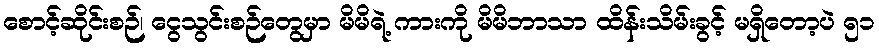
စောင့်ဆိုင်းစဉ်၊ ငွေသွင်းစဉ်တွေမှာ မိမိရဲ့ ကားကို မိမိဘာသာ ထိန်းသိမ်းခွင့် မရှိတော့ပဲ ၅၁